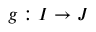
g : I \to J